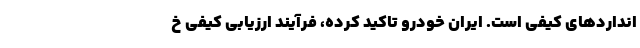
انداردهای کیفی است. ایران خودرو تاکید کرده، فرآیند ارزیابی کیفی خ